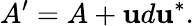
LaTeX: A^{\prime}=A+\mathbf{u}d\mathbf{u}^{*}.